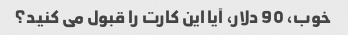
خوب، 90 دلار، آیا این کارت را قبول می کنید؟